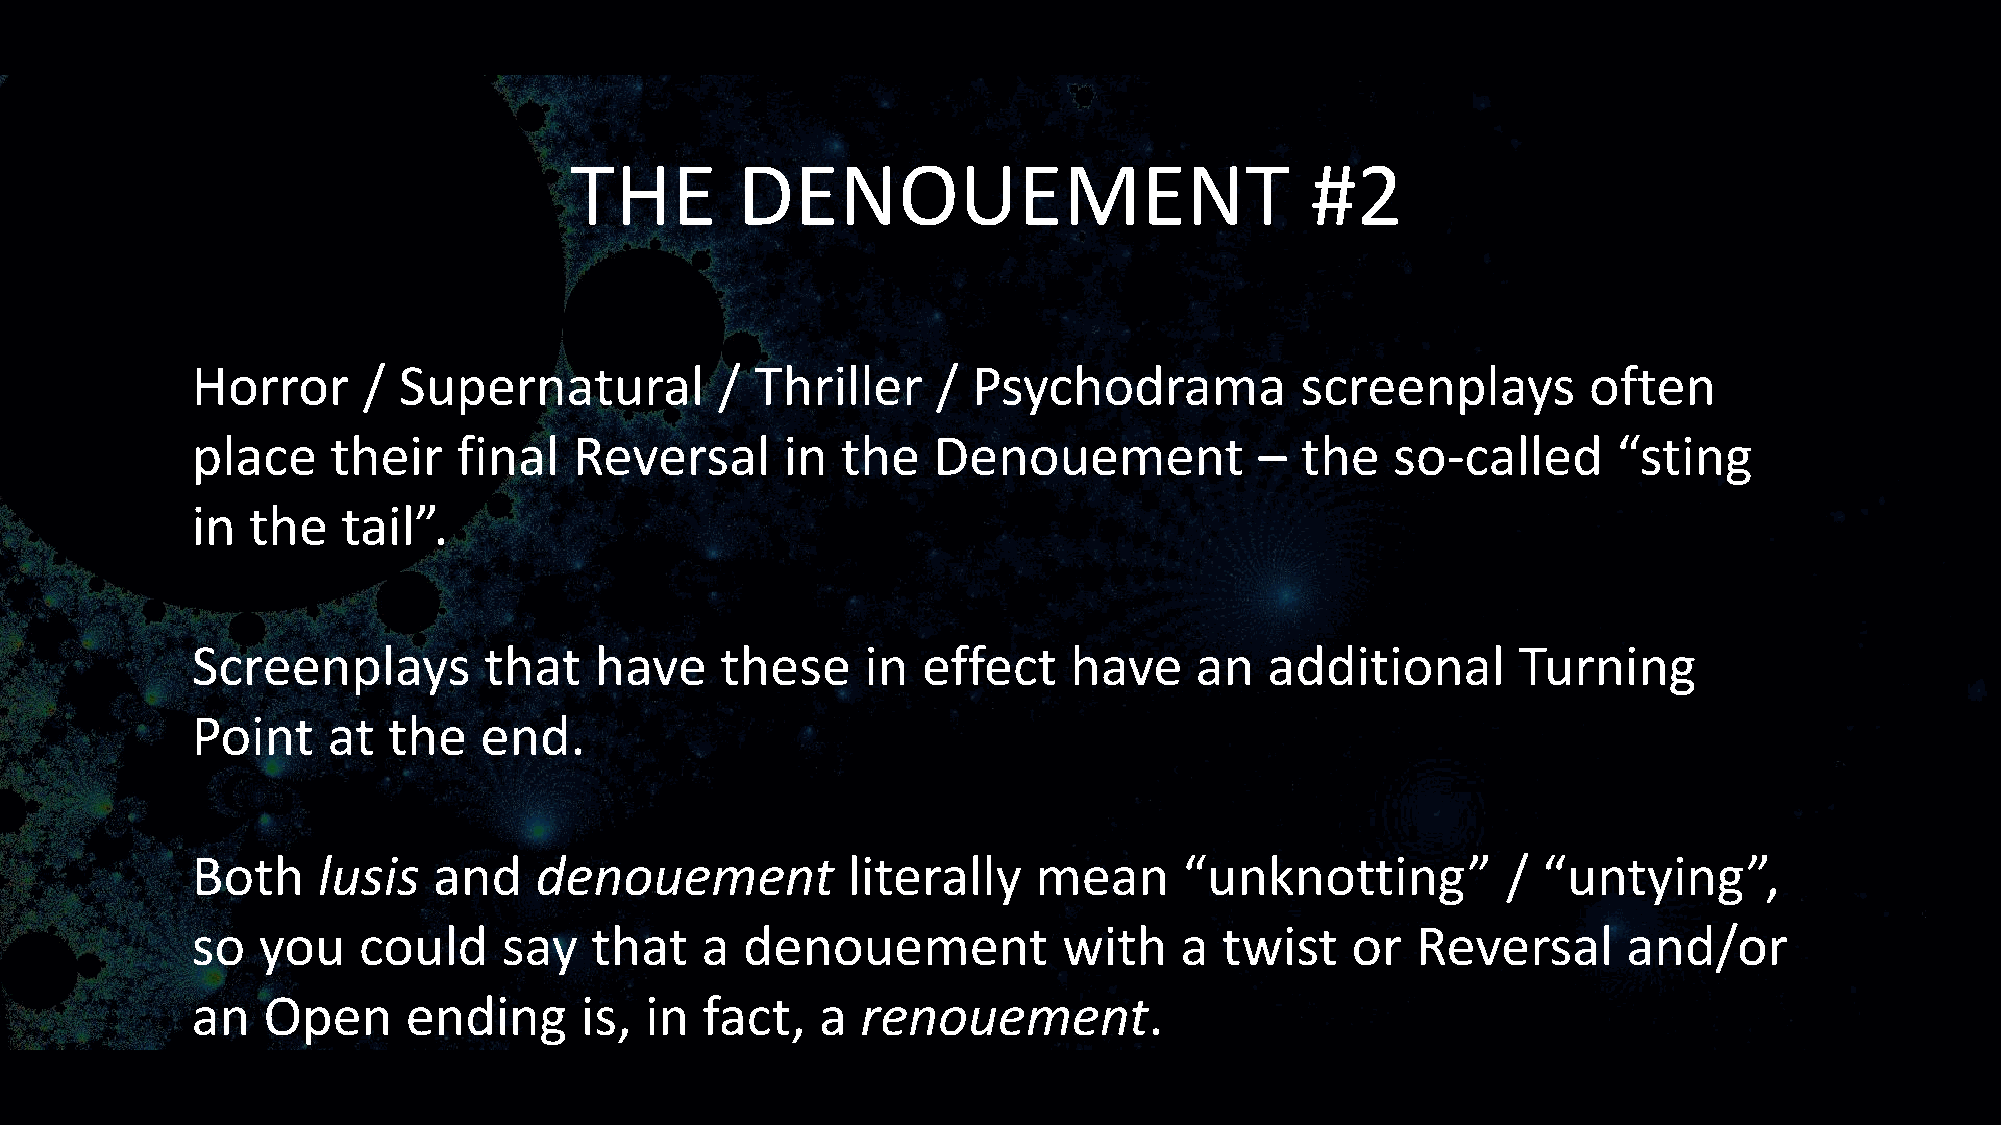
THE        DENOUEMENT                            #2
 Horror     / Supernatural          / Thriller    / Psychodrama           screenplays        often
 place    their   final   Reversal      in  the   Denouement           –  the   so-called      “sting
 in the    tail”.
 Screenplays        that   have     these    in  effect    have    an   additional       Turning
 Point    at  the   end.
 Both    lusis   and   denouement           literally    mean     “unknotting”          / “untying”,
 so  you    could    say   that   a  denouement           with    a  twist   or   Reversal      and/or
 an  Open      ending     is,  in fact,   a  renouement.